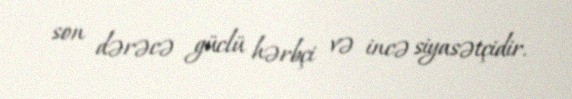
son dərəcə güclü hərbçi və incə siyasətçidir.